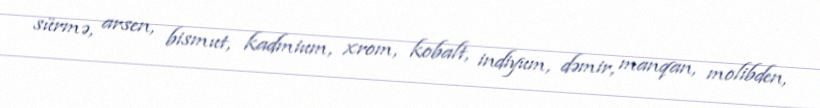
sürmə, arsen, bismut, kadmium, xrom, kobalt, indiyum, dəmir, manqan, molibden,